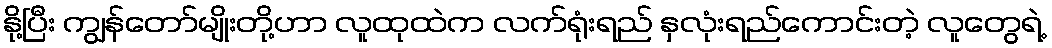
နို့ပြီး ကျွန်တော်မျိုးတို့ဟာ လူထုထဲက လက်ရုံးရည် နှလုံးရည်ကောင်းတဲ့ လူတွေရဲ့